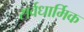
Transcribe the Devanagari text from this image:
सर्वधार्मिक